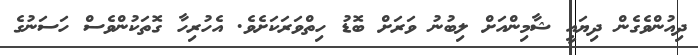
ދިއުންވެގެން ދިޔައީ ޝާމިންއަށް ލިބުނު ވަރަށް ބޮޑު ހިތްވަރަކަށެވެ. އެހުރިހާ ގޮތަކުންވެސް ހަސަނުގެ